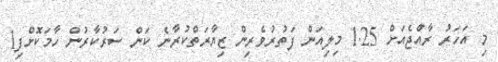
މި އަހަރު ރާއްޖެއަށް 1.25 މިލިއަން ފަތުރުވެރިން ޒިޔާރަތްކުރާނެ ކަން ސަރުކާރުން ހާމަކޮށްފި1